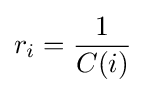
r_{i}={\frac {1}{C(i)}}